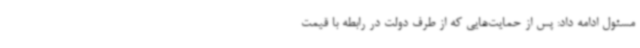
مسئول ادامه داد: پس از حمایت‌هایی که از طرف دولت در رابطه با قیمت